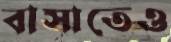
বাসাতেও